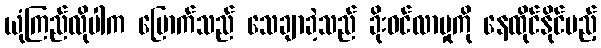
ယုံကြည်လိုပါက မြောက်သည် သေချာခဲ့သည် ခိုးဝင်လာမှုကို နေထိုင်နိုင်မည့်